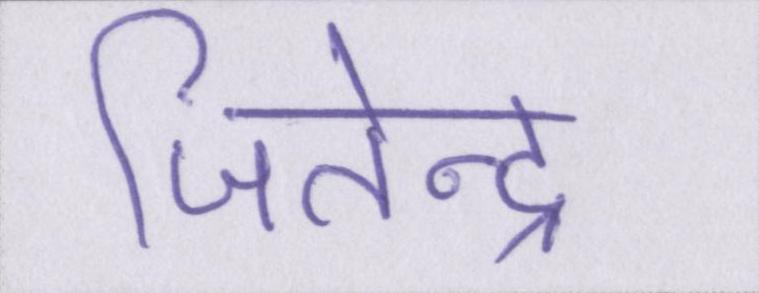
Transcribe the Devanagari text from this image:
जितेन्द्र